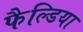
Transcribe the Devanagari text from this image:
फैल्डिया